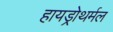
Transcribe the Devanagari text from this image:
हायड्रोथर्मल